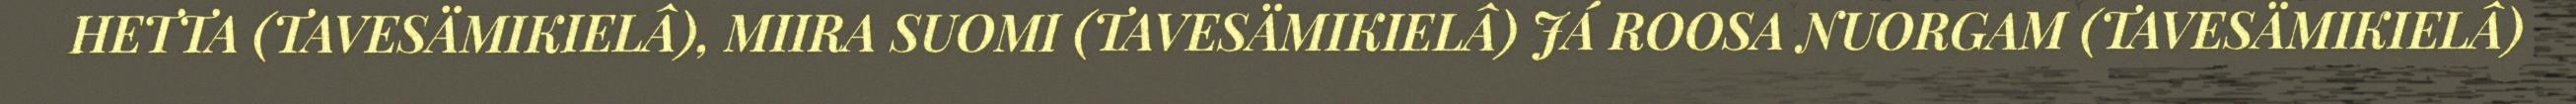
HETTA (TAVESÄMIKIELÂ), MIIRA SUOMI (TAVESÄMIKIELÂ) JÁ ROOSA NUORGAM (TAVESÄMIKIELÂ)